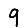
Digit: 9